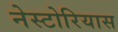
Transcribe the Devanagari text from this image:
नेस्टोरियास